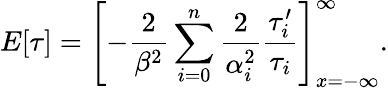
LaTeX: E[\tau]=\left[-\frac 2{\beta^{2}}\sum_{i=0}^{n}\frac 2{\alpha_{i}^{2}}\frac{\tau_{i}^{\prime}}{\tau_{i}}\right]_{x=-\infty}^{\infty}.